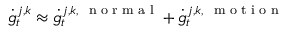
\dot { g } _ { t } ^ { j , k } \approx \dot { g } _ { t } ^ { j , k , \mathrm { ~ \scriptsize ~ n ~ o ~ r ~ m ~ a ~ l ~ } } + \dot { g } _ { t } ^ { j , k , \mathrm { ~ \scriptsize ~ m ~ o ~ t ~ i ~ o ~ n ~ } }